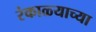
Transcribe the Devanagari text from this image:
रंकाळ्याच्या